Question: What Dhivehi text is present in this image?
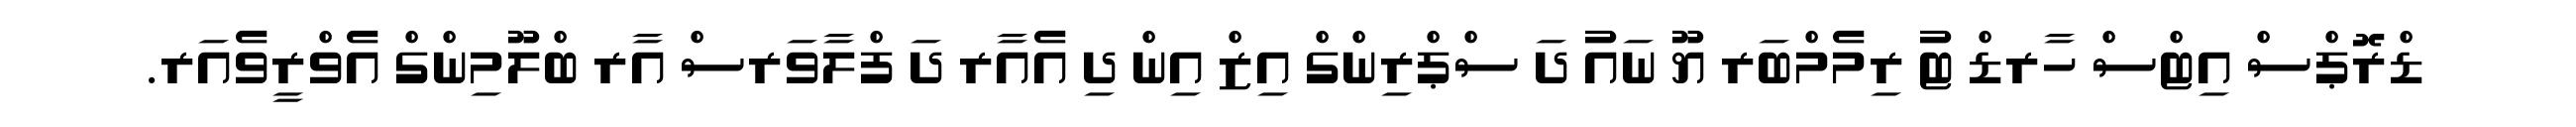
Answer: ޑްރޮޕްސް އިޓްސް ހާރޑް ޓު ރިމެމްބަރ ޔޫ ނައު ދަ ސްޕްރިންގް އިޒް އިން ދި އެއާރ ދަ ފްލާވަރސް އާރ ބްލޫމިންގް އެވްރީވެއަރ.